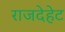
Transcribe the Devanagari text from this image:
राजदेहेट